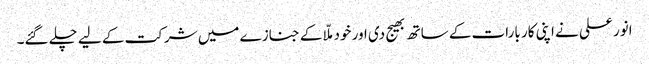
انور علی نے اپنی کار بارات کے ساتھ بھیج دی اور خود ملّا کے جنازے میں شرکت کے لیے چلے گئے۔